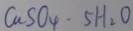
C a S O _ { 4 } \cdot 5 H _ { 2 } O